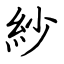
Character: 紗